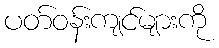
ပတ်ဝန်းကျင်များကို